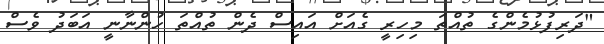
"ދަރިފުޅުމެންގެ ތުއްތަ މިހިރީ ގެއަށް އައިސް ދެން ތުއްތަ ހުންނާނީ އަބަދު ވެސް